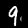
Digit: 9